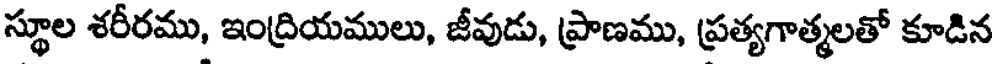
స్థూల శరీరము, ఇంద్రియములు, జీవుడు, ప్రాణము, ప్రత్యగాత్మలతో కూడిన